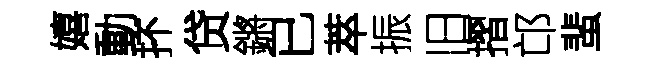
嬉動抔贷鏘已萃振旧摺邙蜚